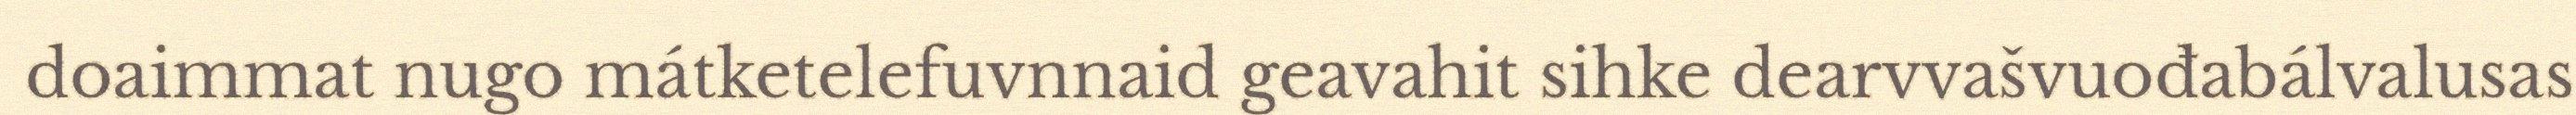
doaimmat nugo mátketelefuvnnaid geavahit sihke dearvvašvuođabálvalusas